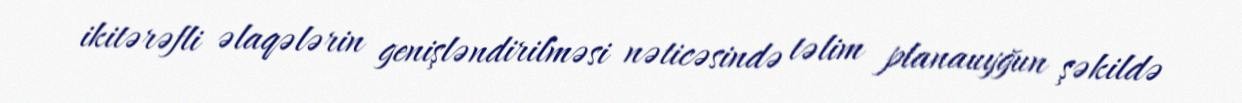
ikitərəfli əlaqələrin genişləndirilməsi nəticəsində təlim planauyğun şəkildə